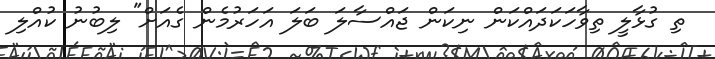
ތި ގުޅާލީ ތިވާހަކަދައްކަން ނިކަން ޖައްސާލަ ބަލަ އަހަރުމެން ގެއަށް" ލިބުނު ކުއްލި